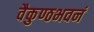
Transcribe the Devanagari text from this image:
वैकुण्ठभवनं